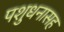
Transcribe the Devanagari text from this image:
पशुधनासह